Report of the Indian Hemp Drugs Commission, 1894-1895 - Volume III
Year: 1894
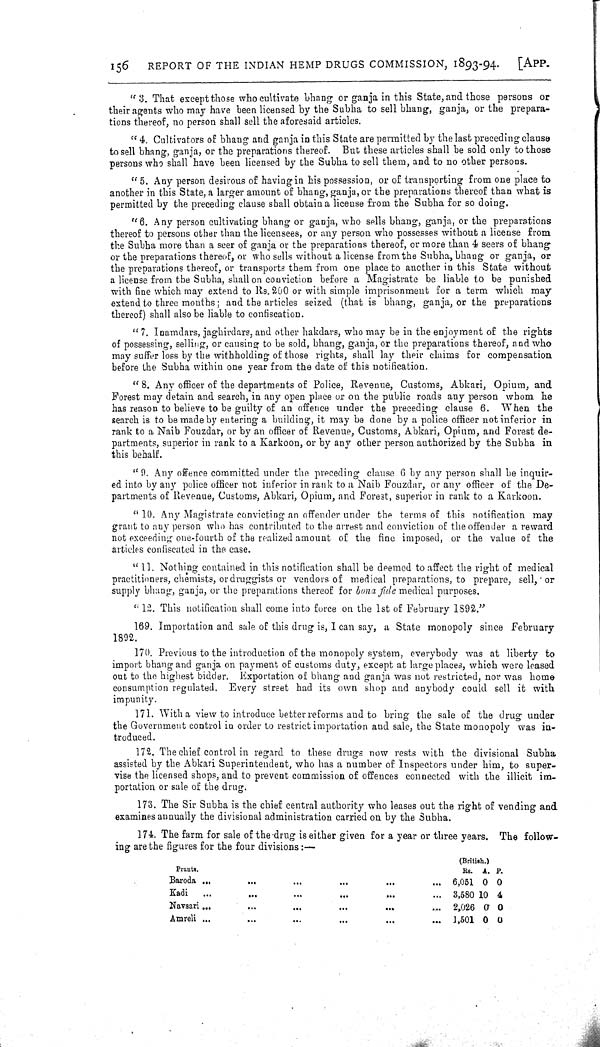
156
REPORT OF THE INDIAN HEMP DRUGS COMMISSION, 1893-94.
[APP.
"3. That except those who cultivate bhang or ganja in this State, and those persons or
their agents who may have been licensed by the Subha to sell bhang, ganja, or the prepara-
tions thereof, no person shall sell the aforesaid articles.
"4. Cultivators of bhang and ganja in this State are permitted by the last preceding clause
to sell bhang, ganja, or the preparations thereof. But these articles shall be sold only to those
persons who shall have been licensed by the Subha to sell them, and to no other persons.
"5. Any person desirous of having in his possession, or of transporting from one place to
another in this State, a larger amount of bhang, ganja, or the preparations thereof than what is
permitted by the preceding clause shall obtain a license from the Subha for so doing.
"6. Any person cultivating bhang or ganja, who sells bhang, ganja, or the preparations
thereof to persons other than the licensees, or any person who possesses without a license from
the Subha more than a seer of ganja or the preparations thereof, or more than 4 seers of bhang
or the preparations thereof, or who sells without a license from the Subha, bhang or ganja, or
the preparations thereof, or transports them from one place to another in this State without
a license from the Subha, shall on conviction before a Magistrate be liable to be punished
with fine which may extend to Rs. 200 or with simple imprisonment for a term which may
extend to three months; and the articles seized (that is bhang, ganja, or the preparations
thereof) shall also be liable to confiscation.
"7. Inamdars, jaghirdars, and other hakdars, who may be in the enjoyment of the rights
of possessing, selling, or causing to be sold, bhang, ganja, or the preparations thereof, and who
may suffer loss by the withholding of those rights, shall lay their claims for compensation
before the Subha within one year from the date of this notification.
"8. Any officer of the departments of Police, Revenue, Customs, Abkari, Opium, and
Forest may detain and search, in any open place or on the public roads any person whom he
has reason to believe to be guilty of an offence under the preceding clause 6. When the
search is to be made by entering a building, it may be done by a police officer not inferior in
rank to a Naib Fouzdar, or by an officer of Revenue, Customs, Abkari, Opium, and Forest de-
partments, superior in rank to a Karkoon, or by any other person authorized by the Subha in
this behalf.
"9. Any offence committed under the preceding clause 6 by any person shall be inquir-
ed into by any police officer not inferior in rank to a Naib Fouzdar, or any officer of the De-
partments of Revenue, Customs, Abkari, Opium, and Forest, superior in rank to a Karkoon.
"10. Any Magistrate convicting an offender under the terms of this notification may
grant to any person who has contributed to the arrest and conviction of the offender a reward
not exceeding one-fourth of the realized amount of the fine imposed, or the value of the
articles confiscated in the case.
"11. Nothing contained in this notification shall be deemed to affect the right of medical
practitioners, chemists, or druggists or vendors of medical preparations, to prepare, sell, or
supply bhang, ganja, or the preparations thereof for bona fide medical purposes.
"12. This notification shall come into force on the 1st of February 1892."
169. Importation and sale of this drug is, I can say, a State monopoly since February
1892.
170. Previous to the introduction of the monopoly system, everybody was at liberty to
import bhang and ganja on payment of customs duty, except at large places, which were leased
out to the highest bidder. Exportation of bhang and ganja was not restricted, nor was home
consumption regulated. Every street had its own shop and anybody could sell it with
impunity.
171. With a view to introduce better reforms and to bring the sale of the drug under
the Government control in order to restrict importation and sale, the State monopoly was in-
troduced.
172. The chief control in regard to these drugs now rests with the divisional Subha
assisted by the Abkari Superintendent, who has a number of Inspectors under him, to super-
vise the licensed shops, and to prevent commission of offences connected with the illicit im-
portation or sale of the drug.
173. The Sir Subha is the chief central authority who leases out the right of vending and
examines annually the divisional administration carried on by the Subha.
174. The farm for sale of the drug is either given for a year or three years. The follow-
ing are the figures for the four divisions:—
(British.)
Prants.
Rs. A. P.
Baroda
6,051 0 0
Kadi
3,580 10 4
Navsari
2,026 0 0
Amreli
1,501 0 0